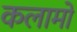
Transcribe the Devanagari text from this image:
कलामों